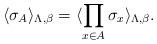
LaTeX: \begin{align*}\langle \sigma_A\rangle_{\Lambda,\beta}=\langle \prod_{x\in A} \sigma_x\rangle_{\Lambda,\beta}.\end{align*}